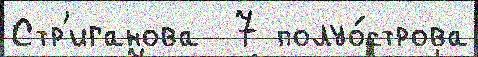
Стр'иганова  7 полуо́строва